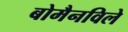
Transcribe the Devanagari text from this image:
बोमैनविले